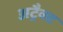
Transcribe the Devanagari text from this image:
अट्रैक्ट